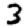
Digit: 3